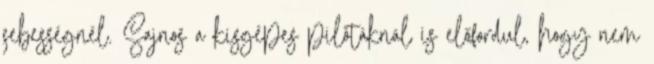
sebességnél. Sajnos a kisgépes pilótáknál is előfordul, hogy nem